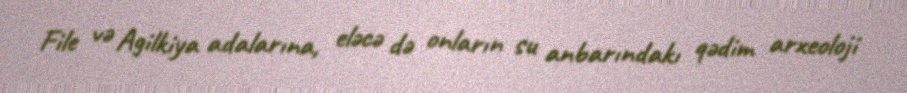
File və Agilkiya adalarına, eləcə də onların su anbarındakı qədim arxeoloji